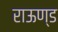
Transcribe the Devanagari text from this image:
राऊण्ड